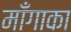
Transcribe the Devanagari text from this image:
माँगाका